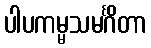
ပါပကမ္မသမင်္ဂိတာ